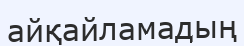
айқайламадың